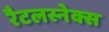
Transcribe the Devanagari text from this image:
रैटलस्नेक्स